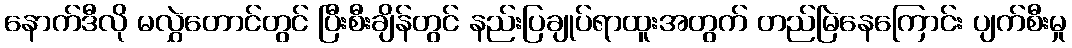
နောက်ဒီလို မလွှဲတောင်တွင် ပြီးစီးချိန်တွင် နည်းပြချုပ်ရာထူးအတွက် တည်မြဲနေကြောင်း ပျက်စီးမှု